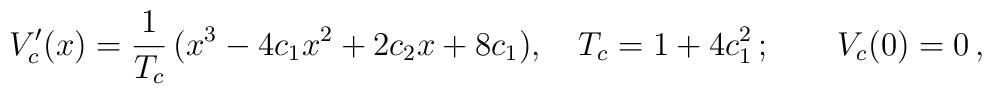
V'_c(x) =\frac{1}{T_c}\,( x^3 - 4 c_1 x^2 + 2 c_2 x + 8 c_1),  \quad T_c=1+4c_1^2\,;\qquad V_c(0)=0\,,